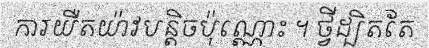
ការយឺតយ៉ាវបន្តិចប៉ុណ្ណោះ ។ ថ្វីដ្បិតតែ